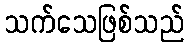
သက်သေဖြစ်သည်